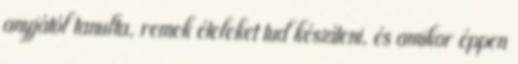
anyjától tanulta, remek ételeket tud készíteni, és amikor éppen